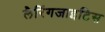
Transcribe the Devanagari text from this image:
लैरिंगजाइटिस